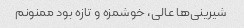
شیرینی‌ها عالی، خوشمزه و تازه بود ممنونم